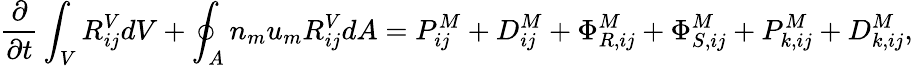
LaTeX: \frac{\partial}{\partial t}\int_{V}R_{ij}^{V}dV+\oint_{A}n_{m}u_{m}R_{ij}^{V}dA=P_{ij}^{M}+D_{ij}^{M}+\Phi_{R,ij}^{M}+\Phi_{S,ij}^{M}+P_{k,ij}^{M}+D_{k,ij}^{M},